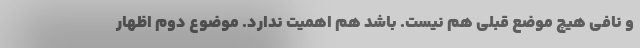
و نافی هیچ موضع قبلی هم نیست. باشد هم اهمیت ندارد. موضوع دوم اظهار